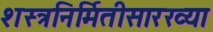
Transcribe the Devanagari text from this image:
शस्त्रनिर्मितीसारख्या